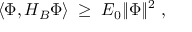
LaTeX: \langle \Phi , H _ { B } \Phi \rangle \; \geq \; E _ { 0 } \Vert \Phi \Vert ^ { 2 } \ ,